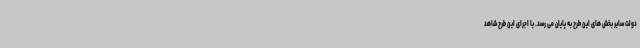
دولت سایر بخش های این طرح به پایان می رسد. با اجرای این طرح شاهد